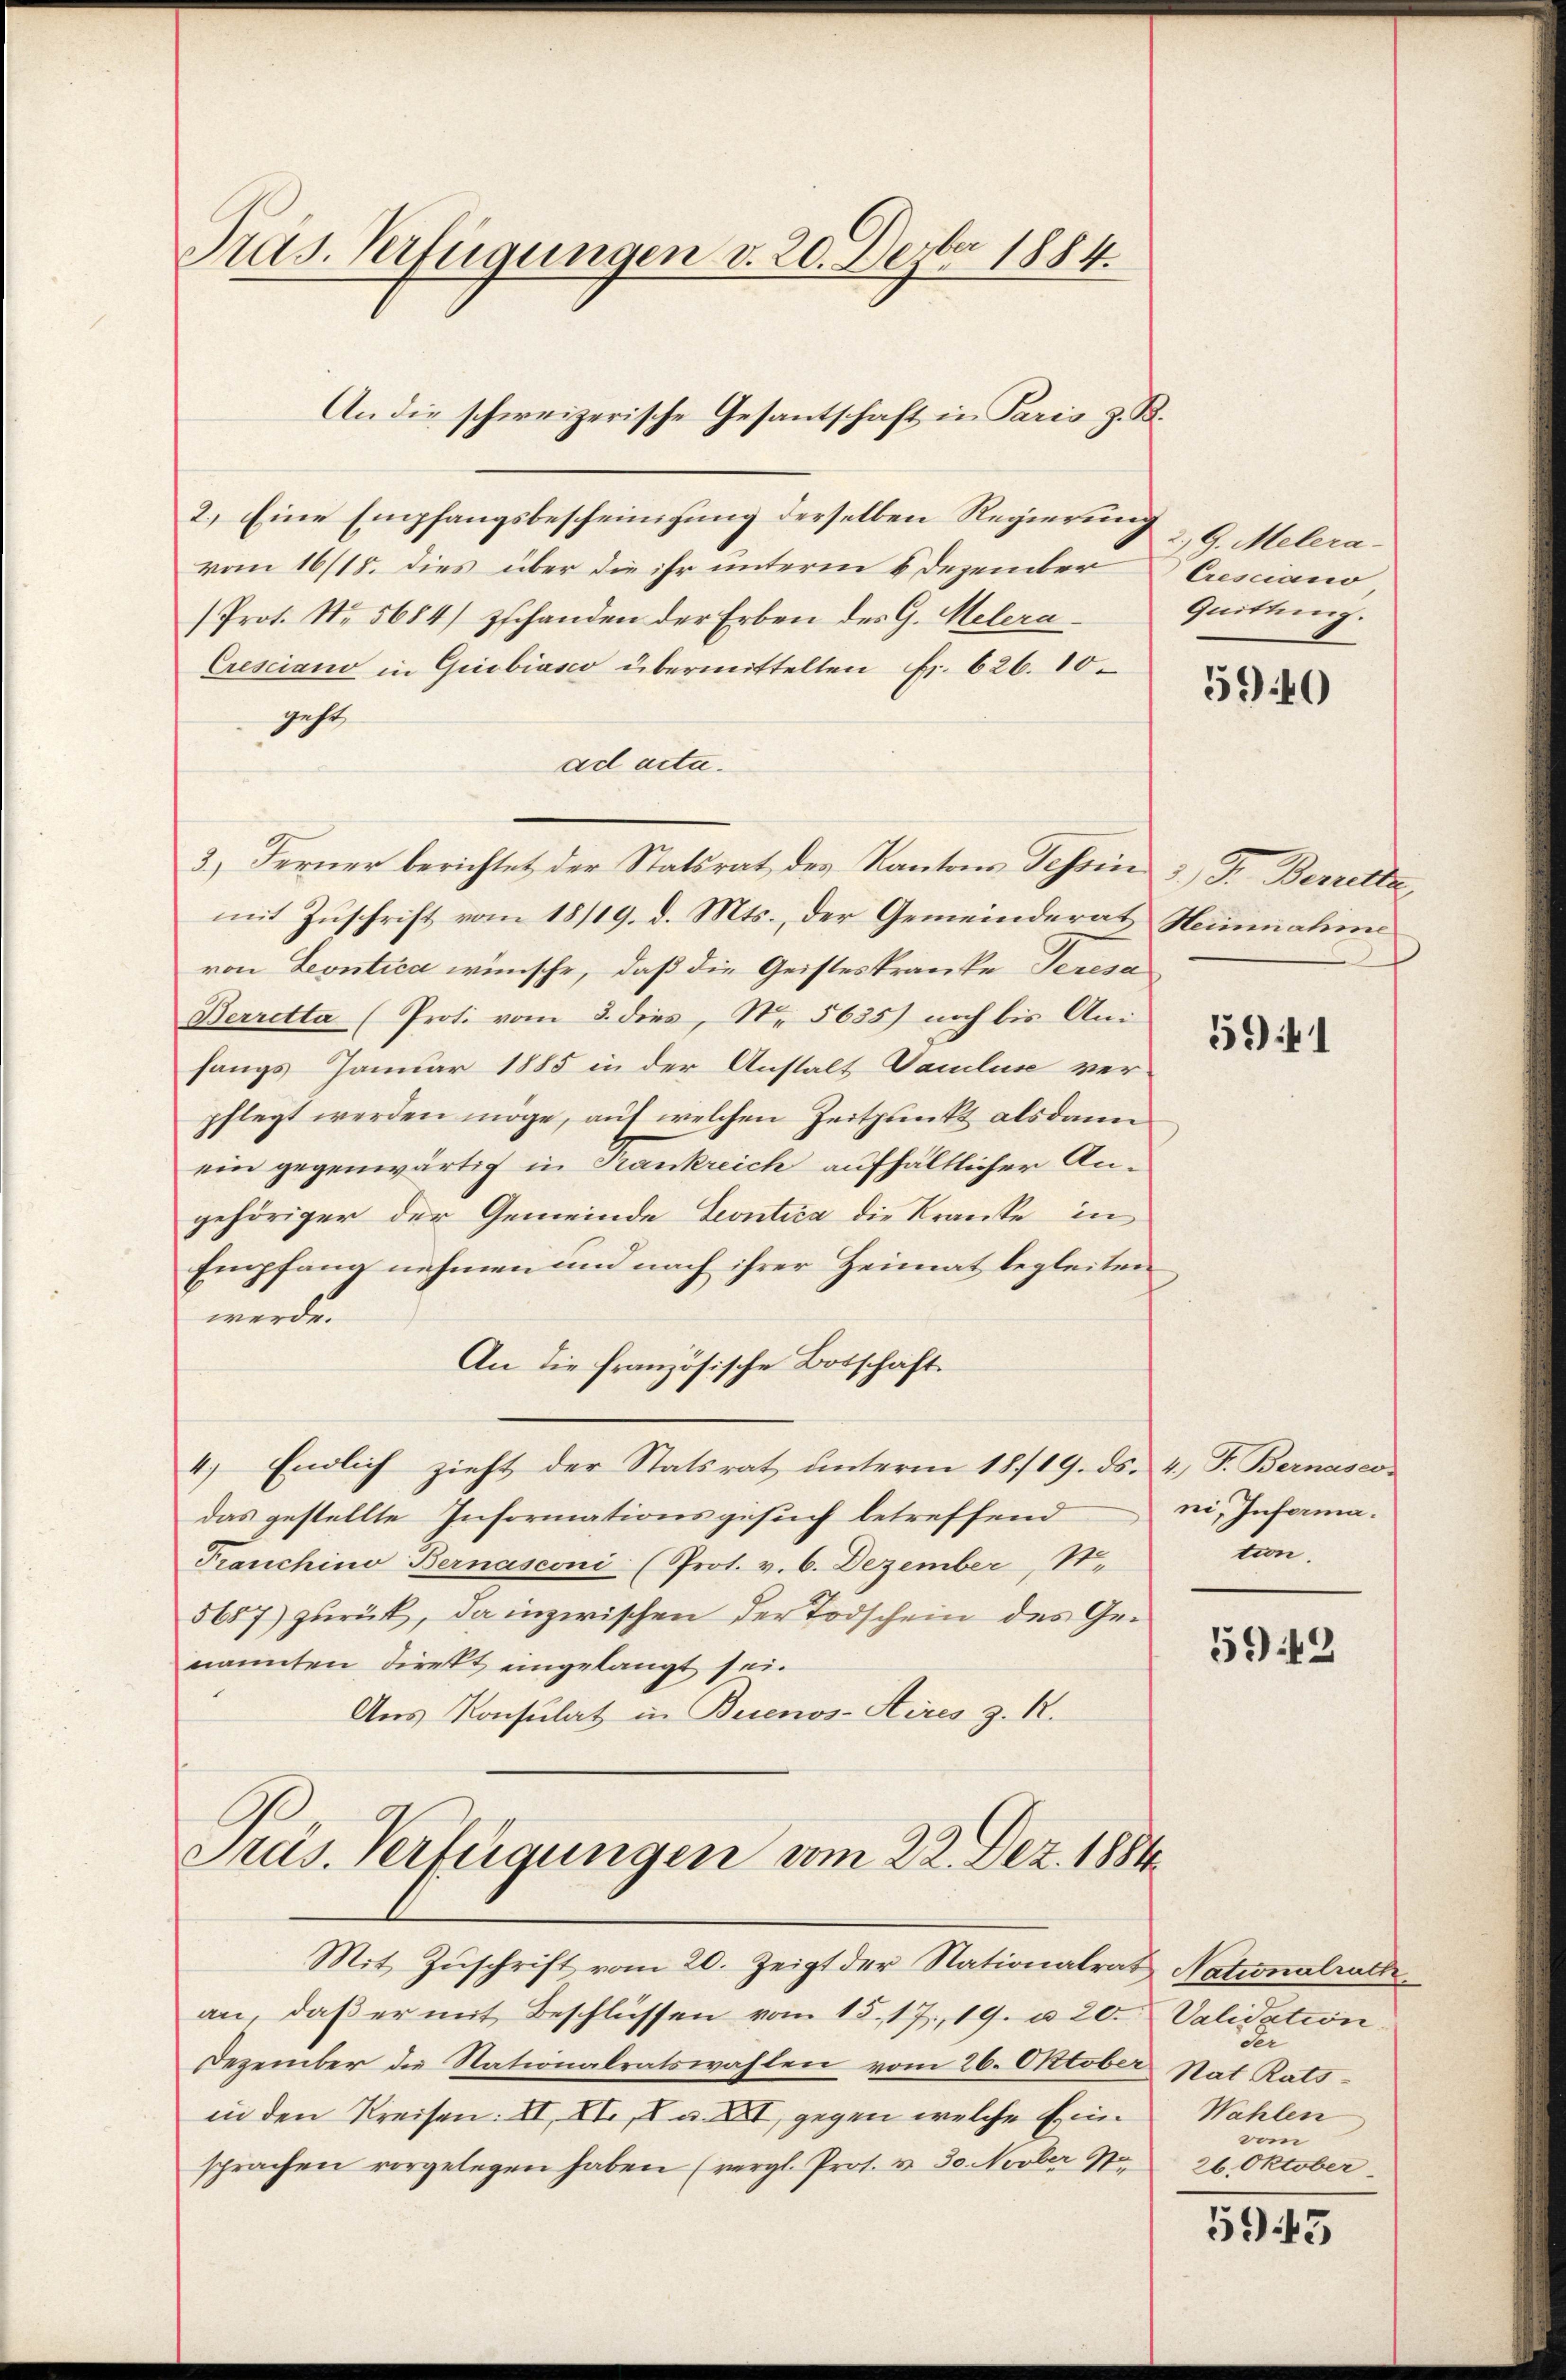
Pras. Verfügungen v. 20. Dezbr 1884.

2.) Eine Empfangsbescheinigung derselben Regierung
vom 16/18. dies über die ihr unterm 6 Dezember Cresciano
/Prot. No. 5684) schanden der Erben des G. Melera¬
Cresciano in Griobiasco übermittelten Fr. 626. 10.
gest
ad acta.
3) Ferner berichtet der Statsrat des Kantons Tessin 3 J. Berretta,
mit Zuschrift vom 18/19. d. Mts., der Gemeinderat Heinnahme
von Leontica wünsche, daß die Geisteskranke Tenera
Berretta (Proti vom 3. dies, No. 5635) noch bis Ani
fangs Januar 1885 in der Anstalt Paulus ver-
pflegt werden möge, auf welchen Zeitpunkt alsdann
ein gegenwärtig in Frankreich aufhältlicher Angehöriger der Gemeinde Leontica die Kranke in
Empfang nehmen und nach ihrer Heimat begleiten
werde.
An die französische Botschäft.
4.) Endlich zieht der Statsrat ŭnterm 18./19. ds. 4. F. Bernasco-
das gestellte Informationsgesuch betreffend
Franchino Bernasconi (Prot. v. 6. Dezember, S.
5687) zurück, da inzwischen der Todschein des Genannten direkt eingelangt sei.
Aus Konsulat in Buenos-Aires z. R.

An die schweizerische Gesantschaft in Paris z. R.

Präs. Verfügungen vom 22. Dez. 1884
Mit Zuschrift vom 20. Zeigt der Nationalrat Nationalrath,

2. G. Melera-
Quittung.

an, daβ er mit Beschlüssen vom 15. 17. 19. u 20. Validation
Dezember die Nationalratswahlen vom 26. Oktober Nat. Ratsin den Kreisen: II, II., V. a. XVI, gegen welche Ein Wahlen
sprachen vorgelegen haben (vergl. Prot. v. 30. Novber 170.

5940

541

ni, Inferma.
tion.

592

der
vom
26. Oktober

5943